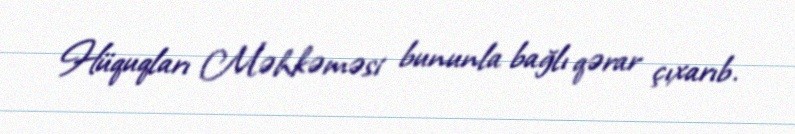
Hüquqları Məhkəməsi bununla bağlı qərar çıxarıb.